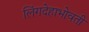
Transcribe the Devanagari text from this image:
लिंगदेहाभोवती